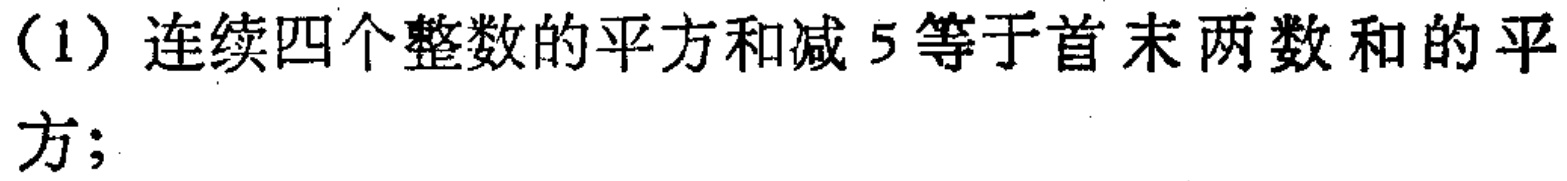
（1）连续四个整数的平方和减 5 等于首末两数和的平方;